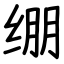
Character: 绷